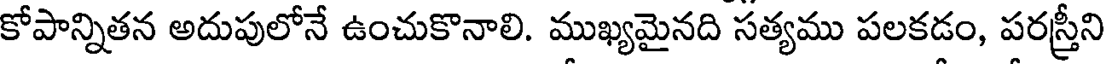
కోపాన్నితన అదుపులోనే ఉంచుకొనాలి. ముఖ్యమైనది సత్యము పలకడం, పరస్త్రీని